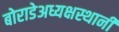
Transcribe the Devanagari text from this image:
बोराडेअध्यक्षस्थानी